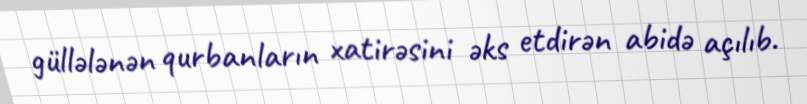
güllələnən qurbanların xatirəsini əks etdirən abidə açılıb.